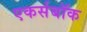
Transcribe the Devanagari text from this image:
एकर्सबॉक